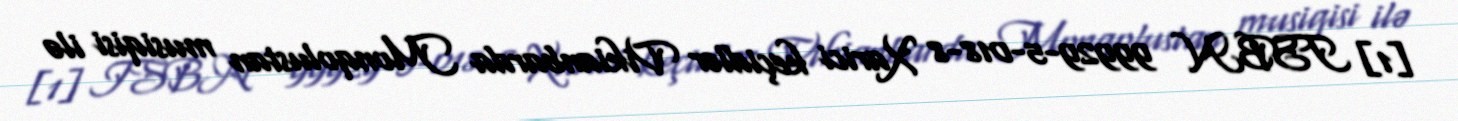
[1] ISBN 99929-5-018-8 Xarici keçidlər Vikianbarda Monqolustan musiqisi ilə